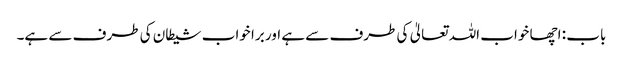
باب : اچھا خواب اللہ تعالیٰ کی طرف سے ہے اور برا خواب شیطان کی طرف سے ہے۔